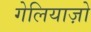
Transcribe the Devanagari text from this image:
गेलियाज़ो